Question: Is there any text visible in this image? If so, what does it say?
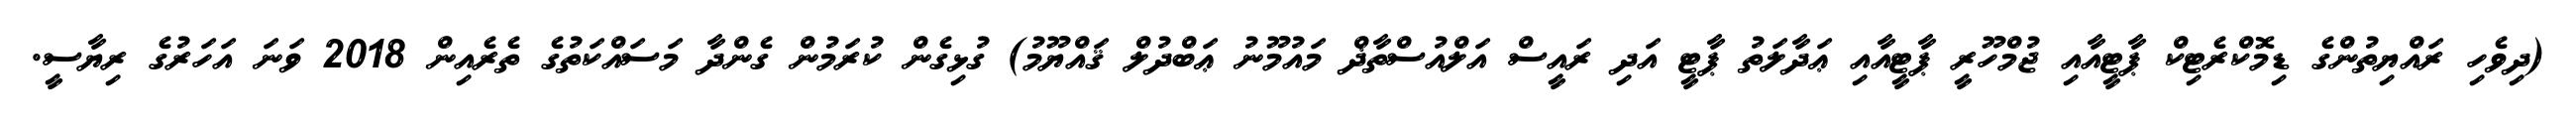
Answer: (ދިވެހި ރައްޔިތުންގެ ޑިމޮކްރެޓިކް ޕާޓީއާއި ޖުމްހޫރީ ޕާޓީއާއި ޢަދާލަތު ޕާޓީ އަދި ރައީސް އަލްއުސްތާޛް މައުމޫނު ޢަބްދުލް ޤައްޔޫމު) ގުޅިގެން ކުރަމުން ގެންދާ މަސައްކަތުގެ ތެރެއިން 2018 ވަނަ އަހަރުގެ ރިޔާސީ.